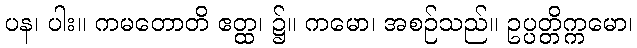
ပန၊ ပါး။ ကမတောတိ ဧတ္ထ၊ ၌။ ကမော၊ အစဉ်သည်။ ဥပ္ပတ္တိက္ကမော၊